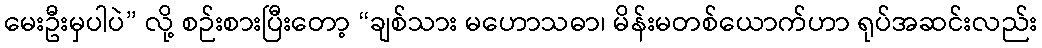
မေးဦးမှပါပဲ” လို့ စဉ်းစားပြီးတော့ “ချစ်သား မဟောသဓာ၊ မိန်းမတစ်ယောက်ဟာ ရုပ်အဆင်းလည်း